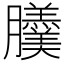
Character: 𦣍